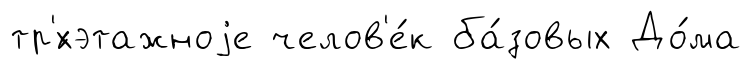
тр'́хэтажноjе челов'е́к ба́зовых До́ма